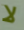
لا